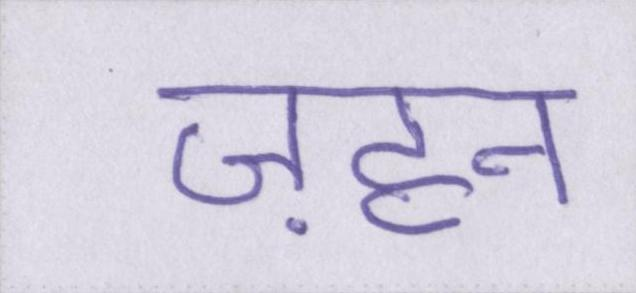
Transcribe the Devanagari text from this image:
ज़हन